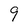
Character: 9